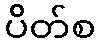
ပိတ်စ